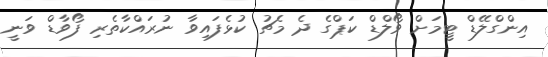
އިންގްލޭޑް ޓީމަށް ވޯލްޑް ކަޕްގެ ދެ މެޗު ކުޅެފައިވާ ނުރައްކާތެރި ފޯވާޑް ވަނީ